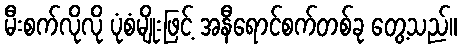
မီးစက်လိုလို ပုံစံမျိုးဖြင့် အနီရောင်စက်တစ်ခု တွေ့သည်။